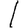
Digit: 1